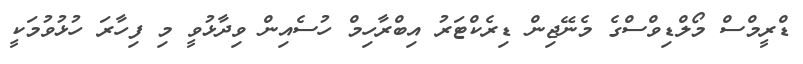
ޑްރީމްސް މޯލްޑިވްސްގެ މެނޭޖިން ޑިރެކްޓަރު އިބްރާހިމް ހުސެއިން ވިދާޅުވީ މި ފިހާރަ ހުޅުވުމަކީ